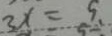
3 x = 9